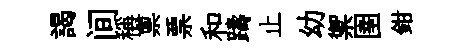
謁间稱禀票和躊止幼禦圉鉗